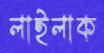
লাইলাক